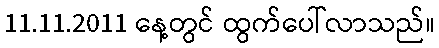
11.11.2011 နေ့တွင် ထွက်ပေါ်လာသည်။